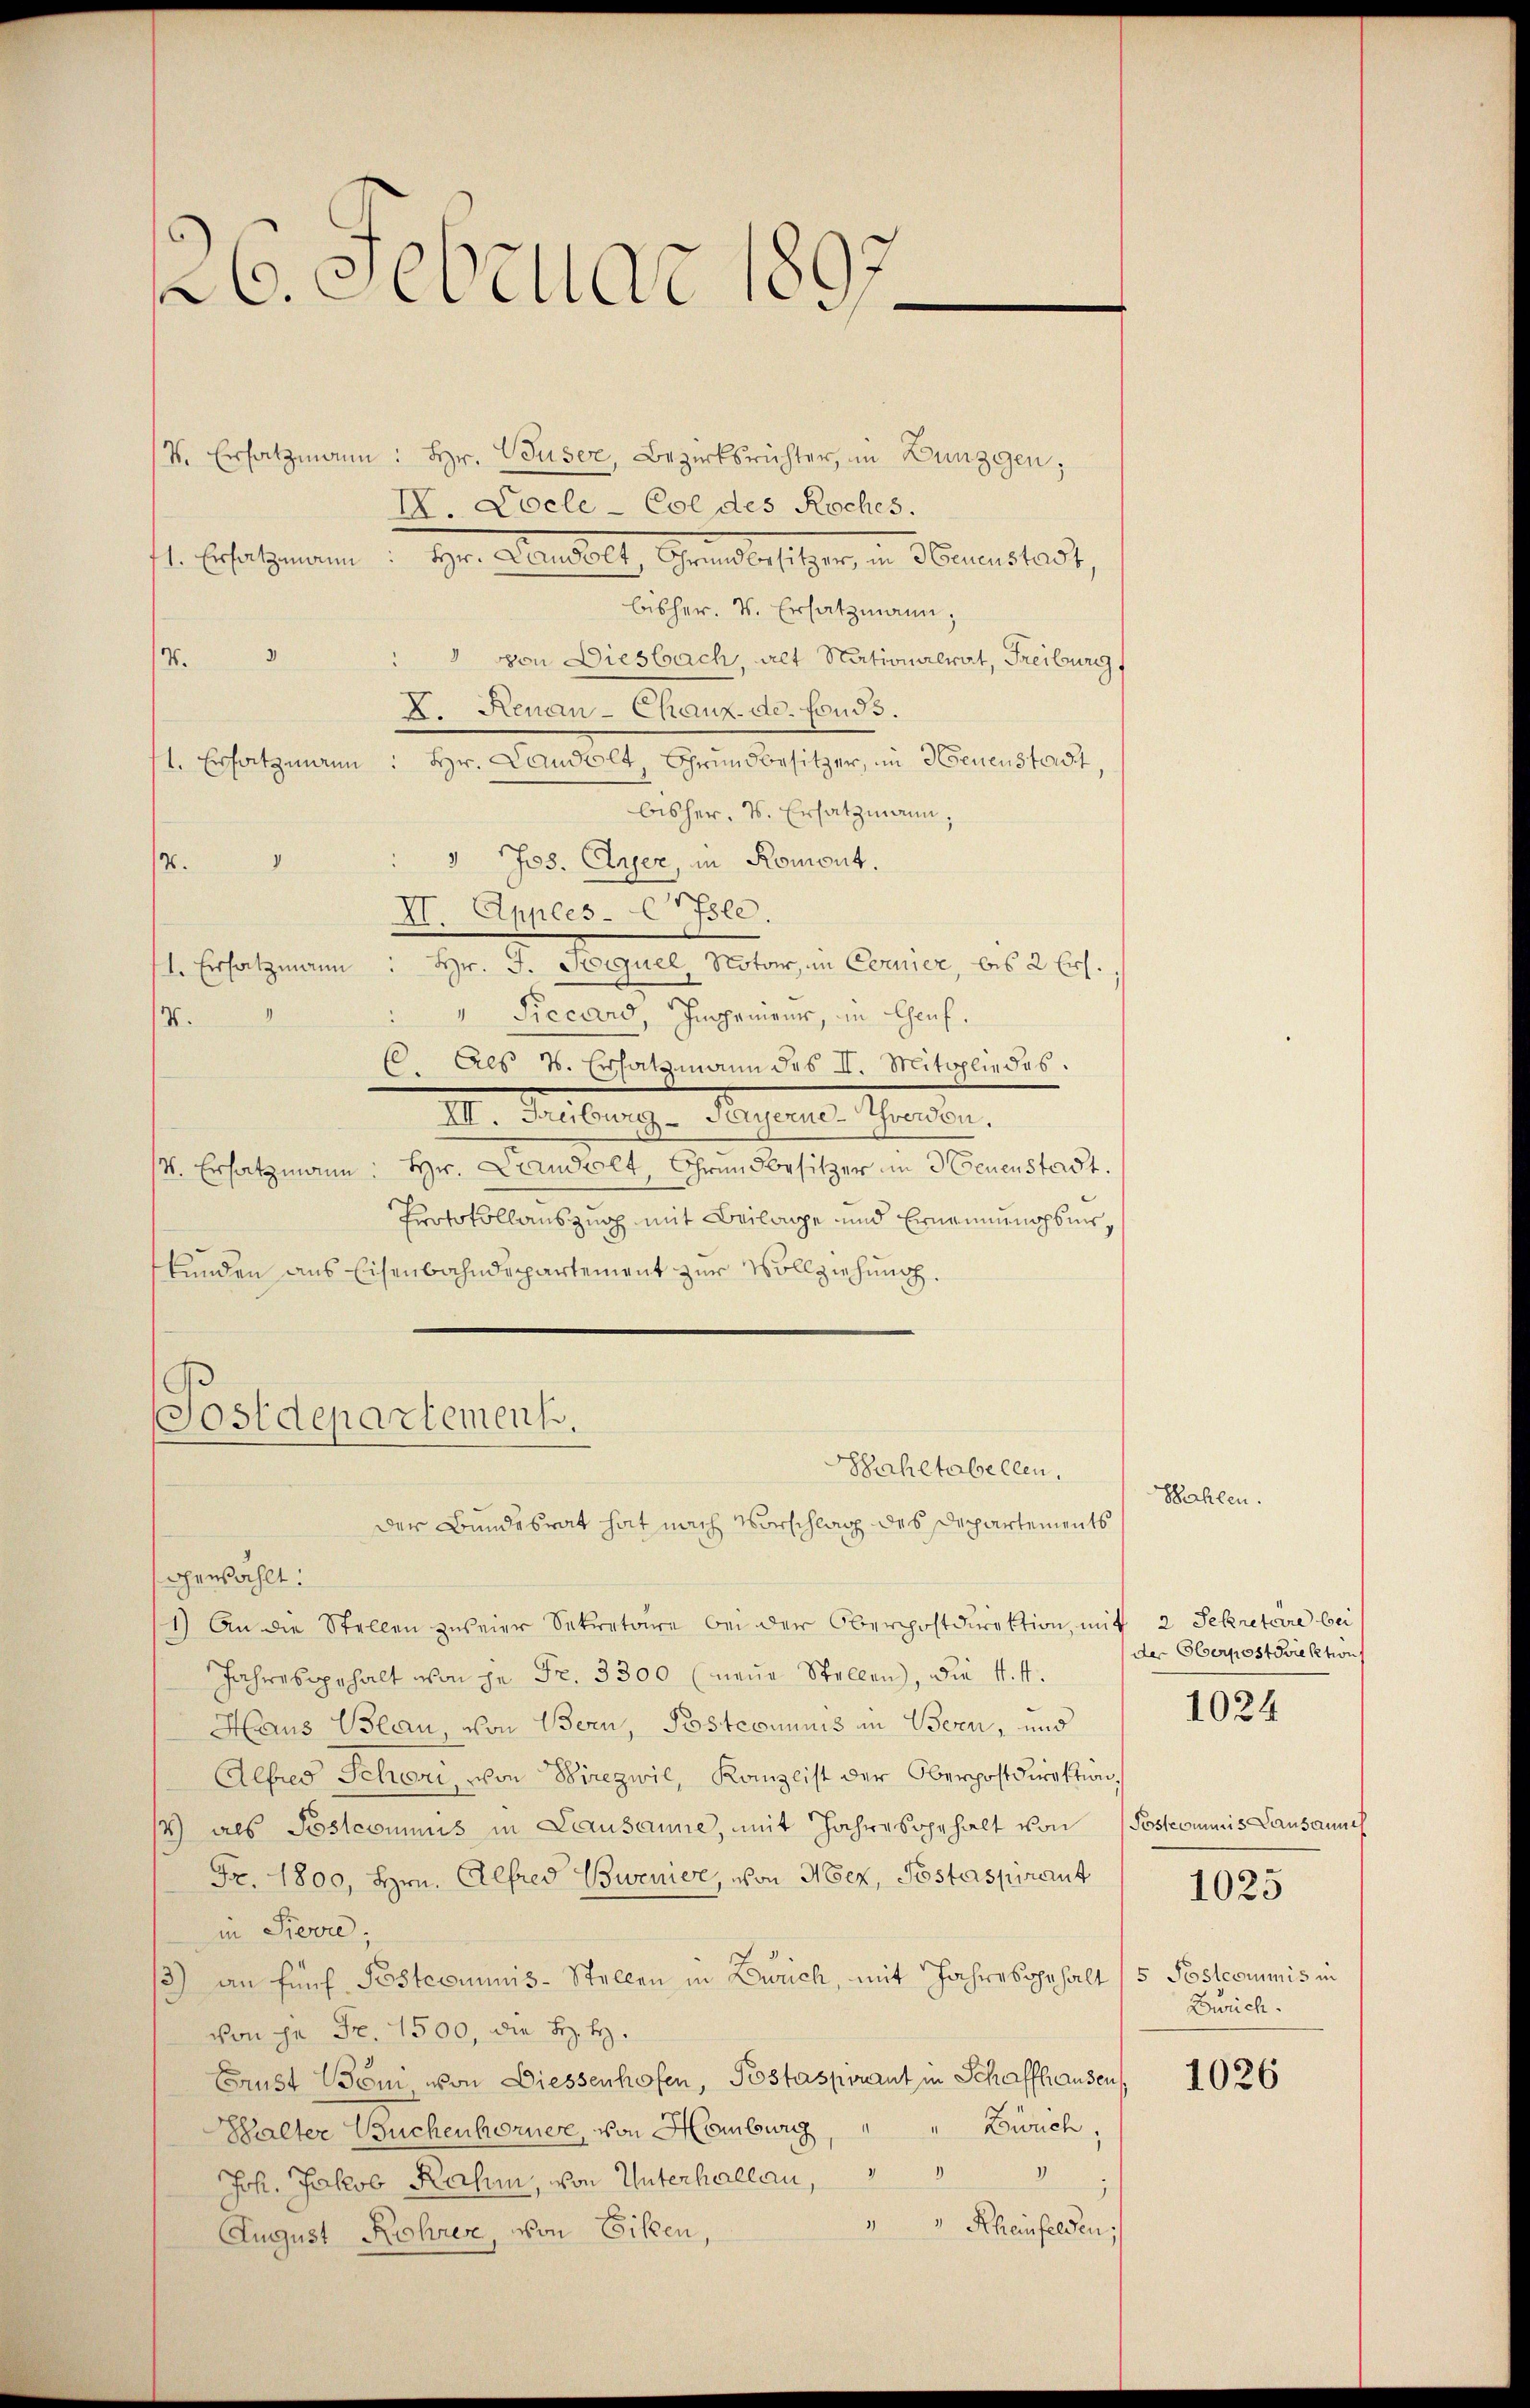
26. Febellar l.

k. Ersatzmann: Hr. Buser, Bezirksrichter, in Dunzgen;
IV. Coele-Col des Roches.
fl. Ersatzmann Hr. Standelt, Grundlast ganz, in Ferner 1831,
bisher. v. Ersatzmann,
4
von Diesbach, alt Nationalrat, Freiburg
A. Henan-Chaux-de. Fonds.
1. Ersatzmann : Hr. Landolt, Grundbesitzer, in Neuenstadt,
bisher, u. Ersatzmann,
3 Jos. Aner, in Romont.
n
12.
XI. Apples Ortsle.
Hr. J. Sequel, Notar, in Cornier, bis 2 Ers.,
1. Ersatzmann
" Piccard, Impement, in Genf.
.
 Als 2. Ersatzmann des I. Mitgliedes.
III. Treiburg - Pergerner Schwerden,
st. Ersatzmann: Hr. Landolt, Grundbesitzer in Neuenstadt.
Protokollauszug mit Beilage und Ernennungsmiskunden aus Eisenbahndepartement zur Vollziehung.
Postdepartement.
Sahltabellen,
Der Bundesrat hat nach Vorschlag des Departements
gewählt:
11) An die Stellen zweier Sekretäre bei der Oberpostdirektion, mit 2 Sekretaire bei
Jahresgehalt von je Fr. 3300 (neŭe Stellen, die 4. 4.
Haus Beau, von Bern, Postcomnis in Bern, und
Alfred Schori, von Birezwil, Kanzlist der Oberpostdirektion,
/4) als Postcommis in Lausanne, mit Jahresgehalt von Postcommis Lausanneh
Fr. 1800, Hrn. Alfred Bwenige, von Mez, Postaspirant
in Pierre,
/3) an fünf Postcommis-Stellen in Zürich, mit Jahresgehalt (5 Postcommis in
von in Fr. 1500, die B. H.
Brust Böni von Diessenhofen, Postaspirant in Schaffhausen,
Zürich,
Halter Buchenhornere, von Hamburg,
)
V
Joh. Jakob Rahm, von Unterhallen,
 Rheinfelden
August Rohrer, von Ecken,

Bahlen

der Oberpostdiektion

1024

Zürich.

1025

1026